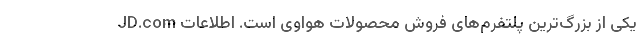
JD.com یکی از بزرگ‌ترین پلتفرم‌های فروش محصولات هواوی است. اطلاعات